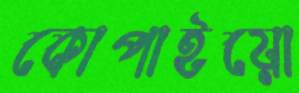
কোপাইয়ো